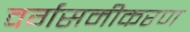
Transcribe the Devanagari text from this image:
वर्गसमीकरण